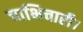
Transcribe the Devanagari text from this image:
चाभिचारी।